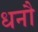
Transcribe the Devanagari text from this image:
धनौ